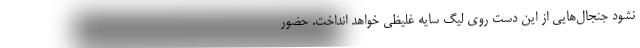
نشود جنجال‌هایی از این دست روی لیگ سایه غلیظی خواهد انداخت. حضور